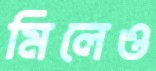
মিলেও